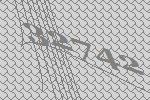
32742